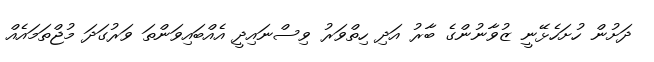
ދަށުން ހުށަހެޅޭނީ ޒުވާނުންގެ ބާރު އަދި ހިތްވަރު ވިސްނައިދީ އެއްބައިވަންތަ ވަރުގަދަ މުޖްތަމައެއް